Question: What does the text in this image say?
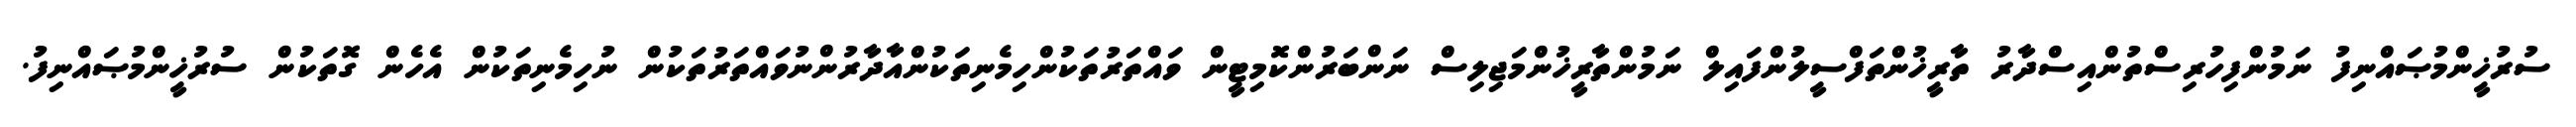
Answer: ސުރުޚީންމުޞައްނިފު ނަމުންފިހުރިސްތުންއިސްދާރު ތާރީޚުންތަފްސީލުންފައިލް ނަމުންތާރީޚުންމަޖިލިސް ނަންބަރުންކޮމިޓީން ވައްތަރުތަކުންހިމެނިތަކުންއާދާރުންނުވައްތަރުތަކުން ނުހިމެނިތަކުން އެހެން ގޮތަކުން ސުރުޚީންމުޞައްނިފު.